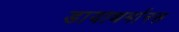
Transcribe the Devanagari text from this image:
डायाथर्मानस